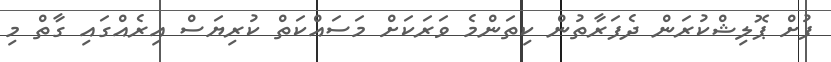
ފުށް ޕޮލިޝްކުރަން ދެފަރާތުން ކިތަންމެ ވަރަކަށް މަސައްކަތް ކުރިޔަސް އިރެއްގައި ގާތް މި